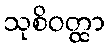
သုစိဝတ္ထာ